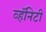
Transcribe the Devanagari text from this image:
व्हॅनिटी